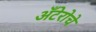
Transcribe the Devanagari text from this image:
अँटेरोचे